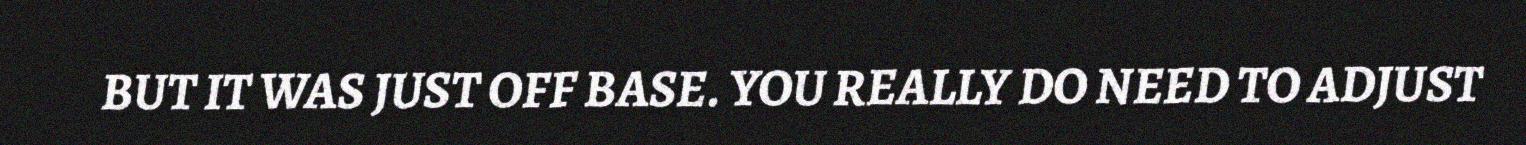
BUT IT WAS JUST OFF BASE. YOU REALLY DO NEED TO ADJUST